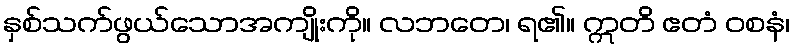
နှစ်သက်ဖွယ်သောအကျိုးကို။ လဘတေ၊ ရ၏။ ဣတိ ဧတံ ဝစနံ၊